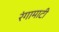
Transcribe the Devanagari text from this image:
रंगामाटी